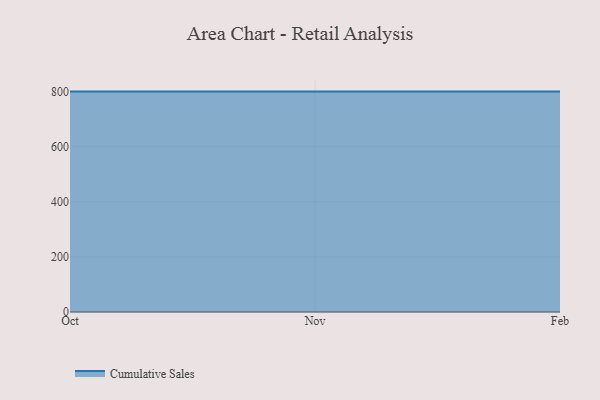
{"axis": {"x": "Month", "y": "Active Users"}, "legend": ["Cumulative Sales"], "data": [{"x": "Oct", "y": 800, "type": "Cumulative Sales"}, {"x": "Nov", "y": 800, "type": "Cumulative Sales"}, {"x": "Feb", "y": 800, "type": "Cumulative Sales"}]}